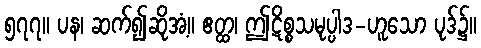
၅၇၇။ ပန၊ ဆက်၍ဆိုအံ့။ ဧတ္ထ၊ ဤဋိစ္စသမုပ္ပါဒ-ဟူသော ပုဒ်၌။